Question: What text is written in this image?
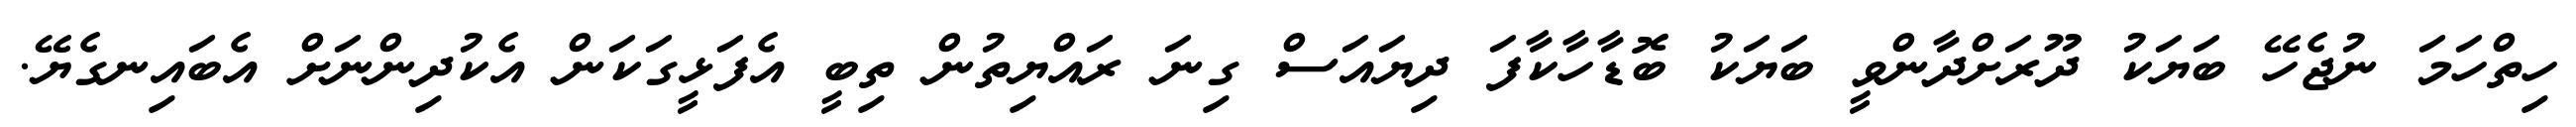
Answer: ހިތްހަމަ ނުޖެހޭ ބަޔަކު ދޫރަށްދާންވީ ބަޔަކު ބޮޑާހާކާފަ ދިޔައަސް ގިނަ ރައްޔިތުން ތިބީ އެފަޅީގަކަން އެކުދިންނަށް އެބައިނގެޔޭ.